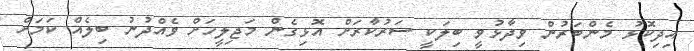
އިދިކޮޅު މެންބަރުން ވިދާޅުވީ ބިލަކީ ސަރުކާރަށް އޮޅިގެން މަޖިލީހަށް ވެއްދުނު ބިލެއް ކަމަށް